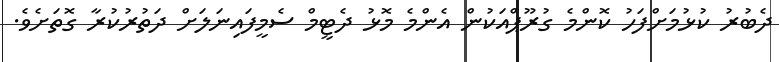
ދެބުރު ކުޅުމަށްފަހު ކޮންމެ ގުރޫޕްއަކުން އެންމެ މޮޅު ދެޓީމް ސެމީފައިނަލަށް ދަތުރުކުރާ ގޮތަށެވެ.